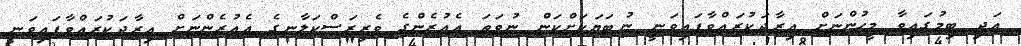
އަދި ބިމުގައިވާ މީހުންނަށް އިރާދަކުރައްވާފައިވަނީ ނުބަޔަކަށްކަން ނުވަތަ އެއުރެންގެ ވެރިރަސްކަލާނގެ އެއުރެންނަށް އިރާދަކުރައްވާފައިވަނީ